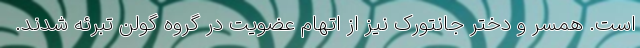
است. همسر و دختر جانتورک نیز از اتهام عضویت در گروه گولن تبرئه شدند.